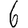
Digit: 6